Mental hospitals Bombay report 1921-28 - 1921-1928
Year: 1921
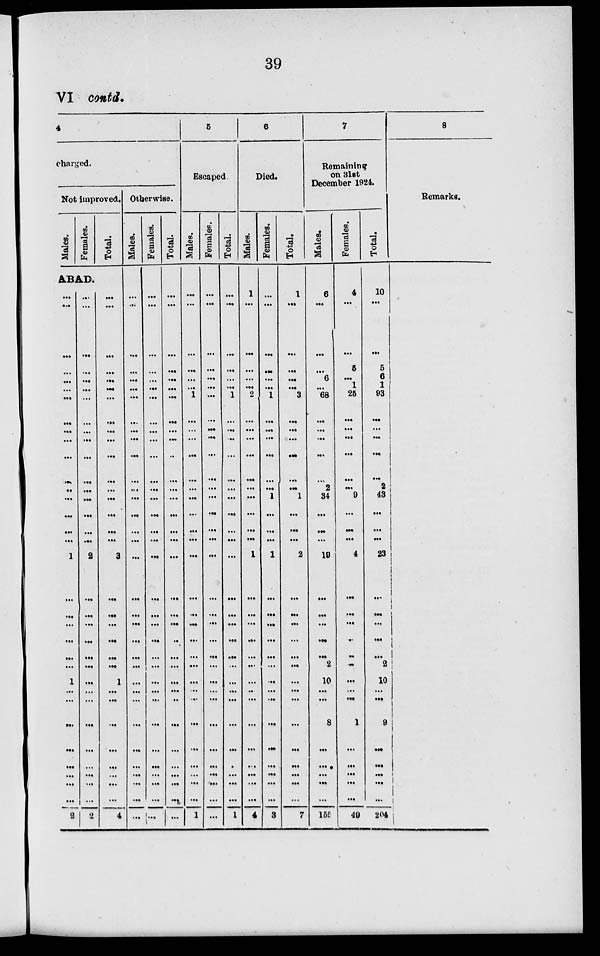
39
VI contd.
4
charged.
Not improved.
Males.
Females.
Total.
ABAD.
...
...
...
...
...
...
...
...
...
...
...
...
...
...
...
...
...
1
...
...
...
...
...
...
1
...
...
...
...
...
...
...
...
2
...
...
...
...
...
...
...
...
...
...
...
...
...
...
...
...
...
2
...
...
...
...
...
...
...
...
...
...
...
...
...
...
...
2
...
...
...
...
...
...
...
...
...
...
...
...
...
...
...
...
...
3
...
...
...
...
...
...
1
...
...
...
...
...
...
...
...
4
Otherwise.
Males.
...
...
...
...
...
...
...
...
...
...
...
...
...
...
...
...
...
...
...
...
...
...
...
...
...
...
...
...
...
...
...
...
...
...
Females.
...
...
...
...
...
...
...
...
...
...
...
...
...
...
...
...
...
...
...
...
...
...
...
...
...
...
...
...
...
...
...
...
...
...
Total.
...
...
...
...
...
...
...
...
...
...
...
...
...
...
...
...
...
...
...
...
...
...
...
...
...
...
...
...
...
...
...
...
...
...
5
Escaped
Males.
...
...
...
...
...
...
1
...
...
...
...
...
...
...
...
...
...
...
...
...
...
...
...
...
...
...
...
...
...
...
...
...
...
1
Females.
...
...
...
...
...
...
...
...
...
...
...
...
...
...
...
...
...
...
...
...
...
...
...
...
...
...
...
...
...
...
...
...
...
...
Total.
...
...
...
...
...
...
1
...
...
...
...
...
...
...
...
...
...
...
...
...
...
...
...
...
...
...
...
...
...
...
...
...
...
1
6
Died.
Males.
1
...
...
...
...
...
2
...
...
...
...
...
...
...
...
...
...
1
...
...
...
...
...
...
...
...
...
...
...
...
...
...
...
4
Females.
...
...
...
...
...
...
1
...
...
...
...
...
...
1
...
...
...
1
...
...
...
...
...
...
...
...
...
...
...
...
...
...
...
3
Total.
1
...
...
...
...
...
3
...
...
...
...
...
...
1
...
...
...
2
...
...
...
...
...
...
...
...
...
...
...
...
...
...
...
7
7
Remaining
on 31st
December 1924.
Males.
6
...
...
...
6
...
68
...
...
...
...
...
2
34
...
...
...
19
...
...
...
...
...
2
10
...
...
8
...
...
...
...
...
155
Females.
4
...
...
5
...
1
25
...
...
...
...
...
...
9
...
...
...
4
...
...
...
...
...
...
...
...
...
1
...
...
...
...
...
49
Total.
10
...
...
5
6
1
93
...
...
...
...
...
2
43
...
...
...
23
...
...
...
...
...
2
10
...
...
9
...
...
...
...
...
204
8
Remarks.